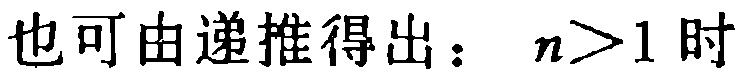
也可由递推得出：$n>1$ 时